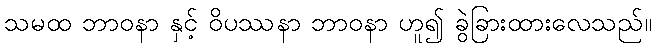
သမထ ဘာဝနာ နှင့် ဝိပဿနာ ဘာဝနာ ဟူ၍ ခွဲခြားထားလေသည်။